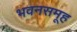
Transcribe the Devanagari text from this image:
भवनसमूह